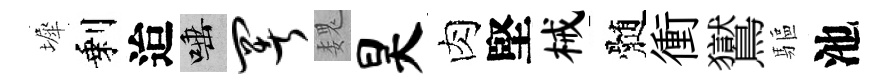
墀剩迨唾署魏昊肉堅械髄衝鸑驅池